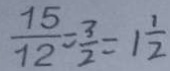
\frac { 1 5 } { 1 2 } = \frac { 3 } { 2 } = 1 \frac { 1 } { 2 }